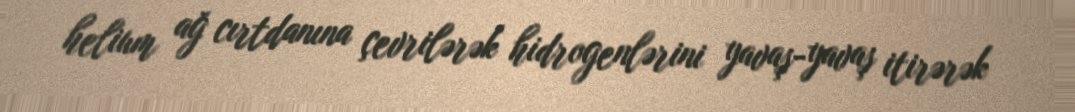
helium ağ cırtdanına çevrilərək hidrogenlərini yavaş-yavaş itirərək